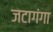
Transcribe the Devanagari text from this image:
जटागंगा